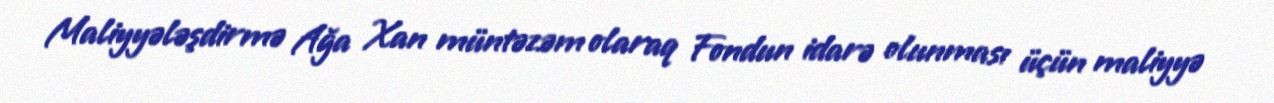
Maliyyələşdirmə Ağa Xan müntəzəm olaraq Fondun idarə olunması üçün maliyyə